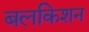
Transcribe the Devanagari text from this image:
बलकिशन